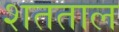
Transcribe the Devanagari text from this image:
शतताल